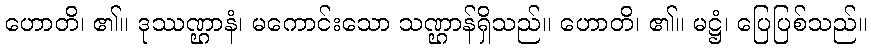
ဟောတိ၊ ၏။ ဒုဿဏ္ဌာနံ၊ မကောင်းသော သဏ္ဌာန်ရှိသည်။ ဟောတိ၊ ၏။ မဋ္ဌံ၊ ပြေပြစ်သည်။